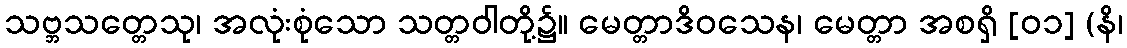
သဗ္ဘသတ္တေသု၊ အလုံးစုံသော သတ္တဝါတို့၌။ မေတ္တာဒိဝသေန၊ မေတ္တာ အစရှိ [၀၁] (နိ၊